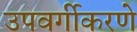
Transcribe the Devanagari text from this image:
उपवर्गीकरणे